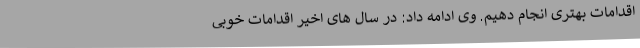
اقدامات بهتری انجام دهیم. وی ادامه داد: در سال های اخیر اقدامات خوبی